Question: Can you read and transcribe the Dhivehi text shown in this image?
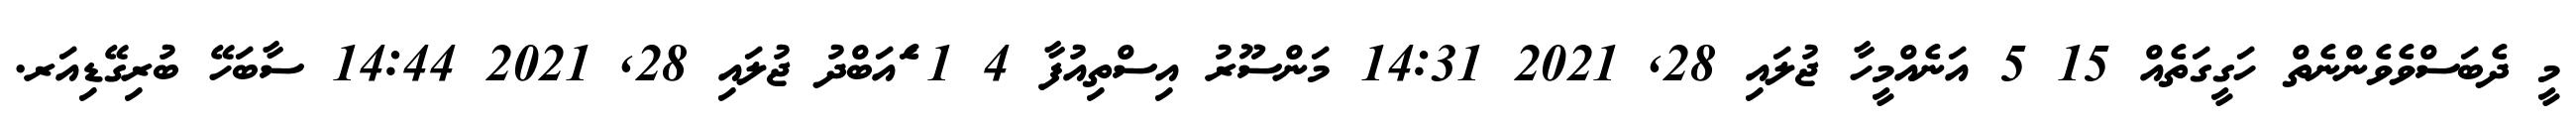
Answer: މީ ދެބަސްވެވެންނެތް ހަގީގަތެއް 15 5 އަނެއްމީހާ ޖުލައި 28, 2021 14:31 މަންސޫރު އިސްތިއުފާ 4 1 ެައަބްދު ޖުލައި 28, 2021 14:44 ސާބަހޭ ބުރިގޭޑިއަރ.